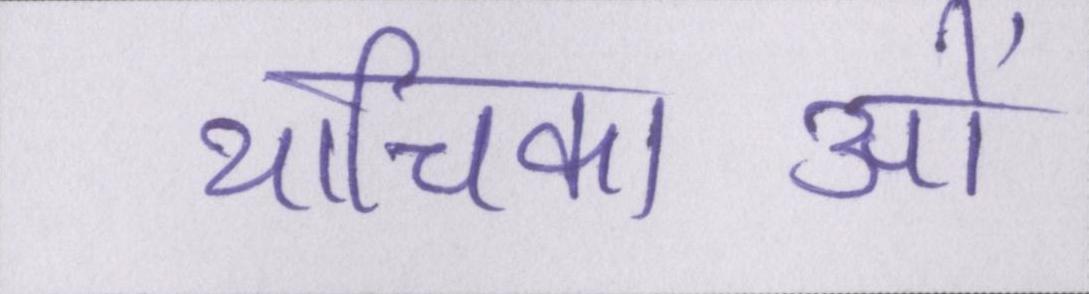
याचिकाओं